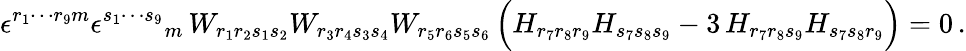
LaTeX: \epsilon^{r_{1}\cdots r_{9}m}\epsilon^{s_{1}\cdots s_{9}}{}_{m}\, W_{r_{1}r_{2}s_{1}s_{2}}W_{r_{3}r_{4}s_{3}s_{4}}W_{r_{5}r_{6}s_{5}s_{6}}\, \Big(H_{r_{7}r_{8}r_{9}}H_{s_{7}s_{8}s_{9}}-3\, H_{r_{7}r_{8}s_{9}}H_{s_{7}s_{8}r_{9}}\Big)=0\, .